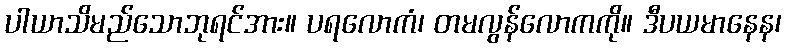
ပါယာသိမည်သောဘုရင်အား။ ပရလောကံ၊ တမလွန်လောကကို။ ဒီပယမာနေန၊